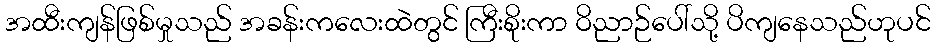
အထီးကျန်ဖြစ်မှုသည် အခန်းကလေးထဲတွင် ကြီးစိုးကာ ဝိညာဉ်ပေါ်သို့ ပိကျနေသည်ဟုပင်